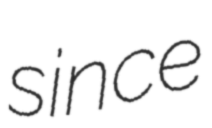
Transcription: since